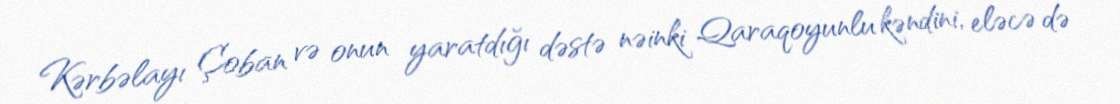
Kərbəlayı Çoban və onun yaratdığı dəstə nəinki Qaraqoyunlu kəndini, eləcə də